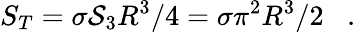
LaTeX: S_{T}=\sigma{\cal S}_{3}R^{3}/4=\sigma{\pi}^{2}R^{3}/2\; \; \; .